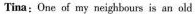
Tina: One of my neighbours is an old